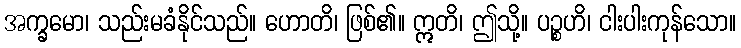
အက္ခမော၊ သည်းမခံနိုင်သည်။ ဟောတိ၊ ဖြစ်၏။ ဣတိ၊ ဤသို့။ ပဉ္စဟိ၊ ငါးပါးကုန်သော။